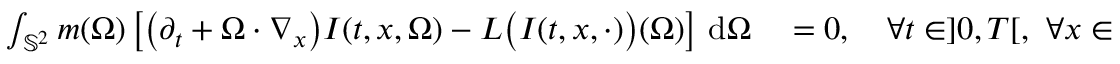
\begin{array} { r l } { \int _ { \mathbb S ^ { 2 } } m ( \Omega ) \left[ \big ( \partial _ { t } + \Omega \cdot \nabla _ { x } \big ) I ( t , x , \Omega ) - L \big ( I ( t , x , \cdot ) \big ) ( \Omega ) \right] \, \mathrm { d } \Omega } & { { } = 0 , \quad \forall t \in ] 0 , T [ , \ \forall x \in \mathbb { R } ^ { 3 } , } \end{array}